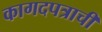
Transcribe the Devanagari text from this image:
कागदपत्राची